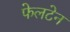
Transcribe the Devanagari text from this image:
फेलटेन